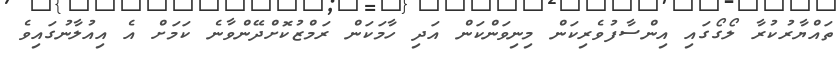
ތައްޔާރުކުރާ ލޯގޯގައި އިންސާފުވެރިކަން މިނިވަންކަން އަދި ހާމަކަން ރަމްޒުކޮށްދޭންވާނެ ކަމަށް އެ އިއުލާނުގައިވެ